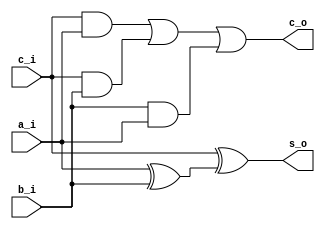
module Fulladder(
	input	a_i,
	input b_i,
	input c_i,
	output c_o,
	output s_o
);

//XOR GATE
 wire axorb_w;
 assign axorb_w = a_i ^ b_i;
 
 //AND GATES
 wire canda_w;
 wire candb_w;
 wire banda_w;
 assign canda_w = c_i & a_i;
 assign candb_w = c_i & b_i;
 assign banda_w = b_i & a_i;
 
 //RESULTADO SE LA SUMA
 assign s_o = c_i ^ axorb_w;
 
 //ACARREO DE SALIDA
 assign c_o = canda_w | candb_w | banda_w;

endmodule